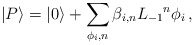
\begin{align*}|P\rangle=|0\rangle+\sum_{\phi_i,n}\beta_{i,n}{L_{-1}}^n\phi_i\,,\end{align*}